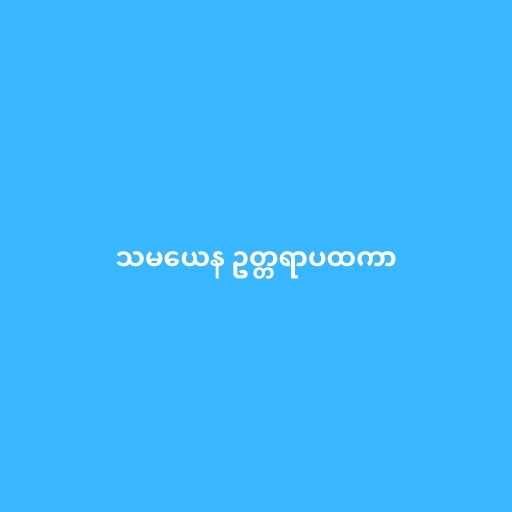
သမယေန ဥတ္တရာပထကာ